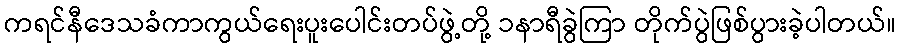
ကရင်နီဒေသခံကာကွယ်ရေးပူးပေါင်းတပ်ဖွဲ့တို့ ၁နာရီခွဲကြာ တိုက်ပွဲဖြစ်ပွားခဲ့ပါတယ်။